Lunatic asylums in Bengal annual reports 1912-1924 - 1912-1924
Year: 1912
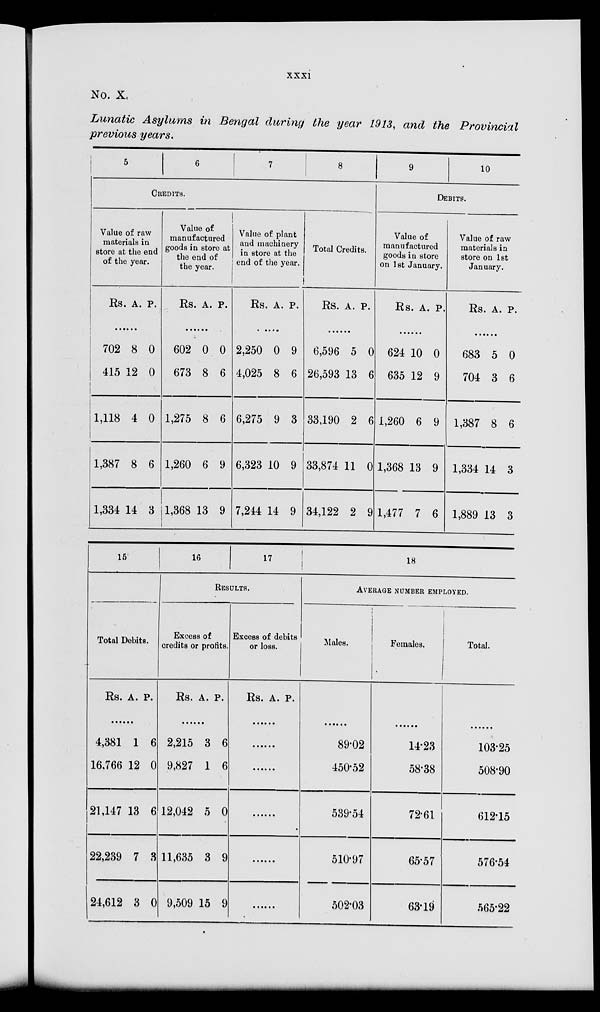
xxxi
No. X.
Lunatic Asylums in Bengal during the year 1913, and the Provincial
previous years.
5
6
7
8
CREDITS.
Value of raw
materials in
store at the end
of the year.
Rs. A. P.
......
702
415
1,118
1,387
1,334
8
12
4
8
14
0
0
0
6
3
Value of
manufactured
goods in store at
the end of
the year.
Rs. A. P.
......
602
673
1,275
1,260
1,368
0
8
8
6
13
0
6
6
9
9
Value of plant
and machinery
in store at the
end of the year.
Rs. A. P.
......
2,250
4,025
6,275
6,323
7,244
0
8
9
10
14
9
6
3
9
9
Total Credits.
Rs. A. P.
......
6,596
26,593
33,190
33,874
34,122
0
13
2
11
2
0
6
6
0
9
9
10
DEBITS.
Value of
manufactured
goods in store
on 1st January.
Rs. A. P.
......
624
635
1,260
1,368
1,477
10
12
6
13
7
0
9
9
9
6
Value of raw
materials in
store on 1st
January.
Rs. A. P.
......
683
704
1,387
1,334
1,889
5
3
8
14
13
0
6
6
3
3
15
16
17
RESULTS.
Total Debits.
Rs. A. P.
......
4,381
16,766
21,147
22,239
24,612
1
12
13
7
3
6
0
6
3
0
Excess of
credits or profits.
Rs. A. P.
......
2,215
9,827
12,042
11,635
9,509
3
1
5
3
15
6
6
0
9
9
Excess of debits
or loss.
Rs. A. P.
......
......
......
......
......
......
18
AVERAGE NUMBER EMPLOYED.
Males.
......
89.02
450.52
539.54
510.97
502.03
Females.
......
14.23
58.38
72.61
65.57
63.19
Total.
......
103.25
508.90
612.15
576.54
565.22